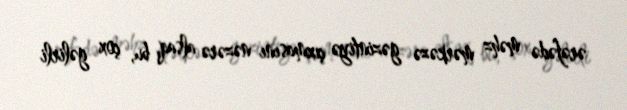
ərəfədə məhz mərkəzə gəzintiyə çıxmasını nəzərə alsaq, bu, çox gəlirli